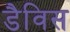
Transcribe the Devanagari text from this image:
डैविस